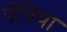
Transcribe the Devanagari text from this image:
पोंपेया